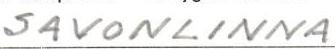
SAVONLINNA